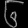
Digit: ၆